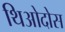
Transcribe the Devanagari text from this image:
थिओदोस